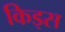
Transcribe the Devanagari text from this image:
किड्‍स